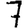
Digit: 7